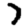
Digit: 7